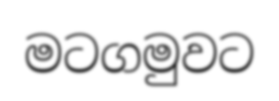
මටගමුවට